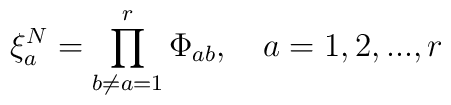
\xi _{a}^{N}=\prod_{b\neq a=1}^{r}\Phi _{ab},\quad a=1,2,...,r